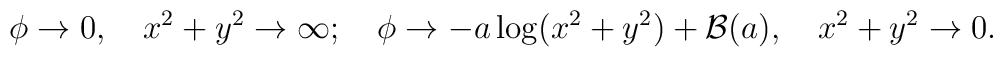
\phi \rightarrow 0,\quad x^2+y^2\rightarrow \infty ;\quad \phi \rightarrow-a\log (x^2+y^2)+{\cal B}(a),\quad x^2+y^2\rightarrow 0.